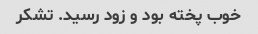
خوب پخته بود و زود رسید. تشکر